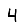
Digit: 4